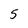
Character: 5